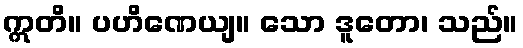
ဣတိ။ ပဟိဏေယျ။ သော ဒူတော၊ သည်။